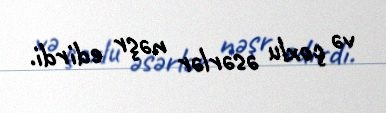
və çoxlu əsərlər nəşr edirdi.